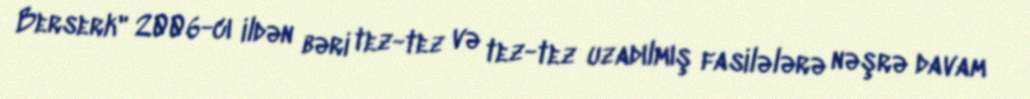
Berserk" 2006-cı ildən bəri tez-tez və tez-tez uzadılmış fasilələrə nəşrə davam